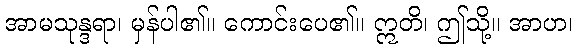
အာမသုန္ဒရာ၊ မှန်ပါ၏။ ကောင်းပေ၏။ ဣတိ၊ ဤသို့။ အာဟ၊